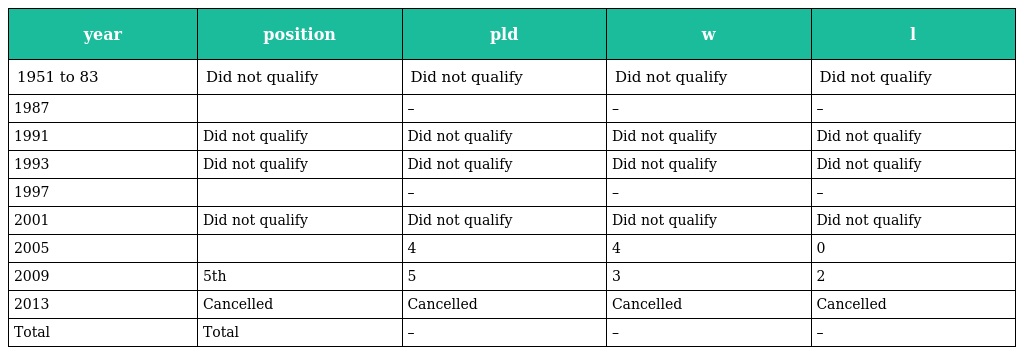
| year | position | pld | w | l |
 | --- | --- | --- | --- | --- |
 | 1951 to 83 | Did not qualify | Did not qualify | Did not qualify | Did not qualify |
 | 1987 |  | – | – | – |
 | 1991 | Did not qualify | Did not qualify | Did not qualify | Did not qualify |
 | 1993 | Did not qualify | Did not qualify | Did not qualify | Did not qualify |
 | 1997 |  | – | – | – |
 | 2001 | Did not qualify | Did not qualify | Did not qualify | Did not qualify |
 | 2005 |  | 4 | 4 | 0 |
 | 2009 | 5th | 5 | 3 | 2 |
 | 2013 | Cancelled | Cancelled | Cancelled | Cancelled |
 | Total | Total | – | – | – |